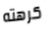
كرهته